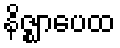
နိဇ္ဈာပေထ